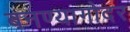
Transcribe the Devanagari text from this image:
बनण्यागोदर